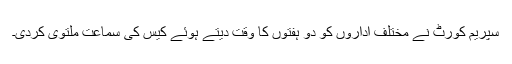
سپریم کورٹ نے مختلف اداروں کو دو ہفتوں کا وقت دیتے ہوئے کیس کی سماعت ملتوی کردی۔